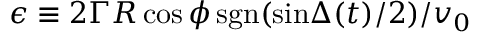
\epsilon \equiv 2 \Gamma R \cos { \phi } \, \mathrm { s g n } ( \mathrm { s i n } { \Delta ( t ) / 2 } ) / v _ { 0 }